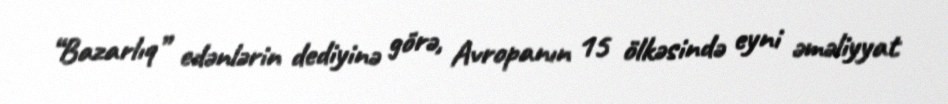
“Bazarlıq” edənlərin dediyinə görə, Avropanın 15 ölkəsində eyni əməliyyat